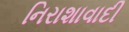
નિરાશાવાદી